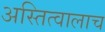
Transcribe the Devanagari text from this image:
अस्तित्वालाच